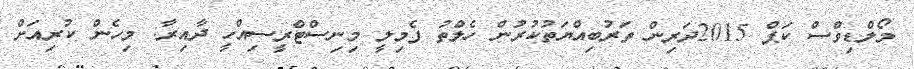
މޯލްޑިވްސް ކަޕް 2015ދަރިން ތަރުބިއްޔަތުކުރުން ހެލްތު ފެމިލީ މިނިސްޓްރީސިއްހީ ދާއިރާ: މިހެން ކުރިއަށް